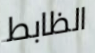
الظابط